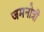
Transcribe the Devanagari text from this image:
जमनोत्री